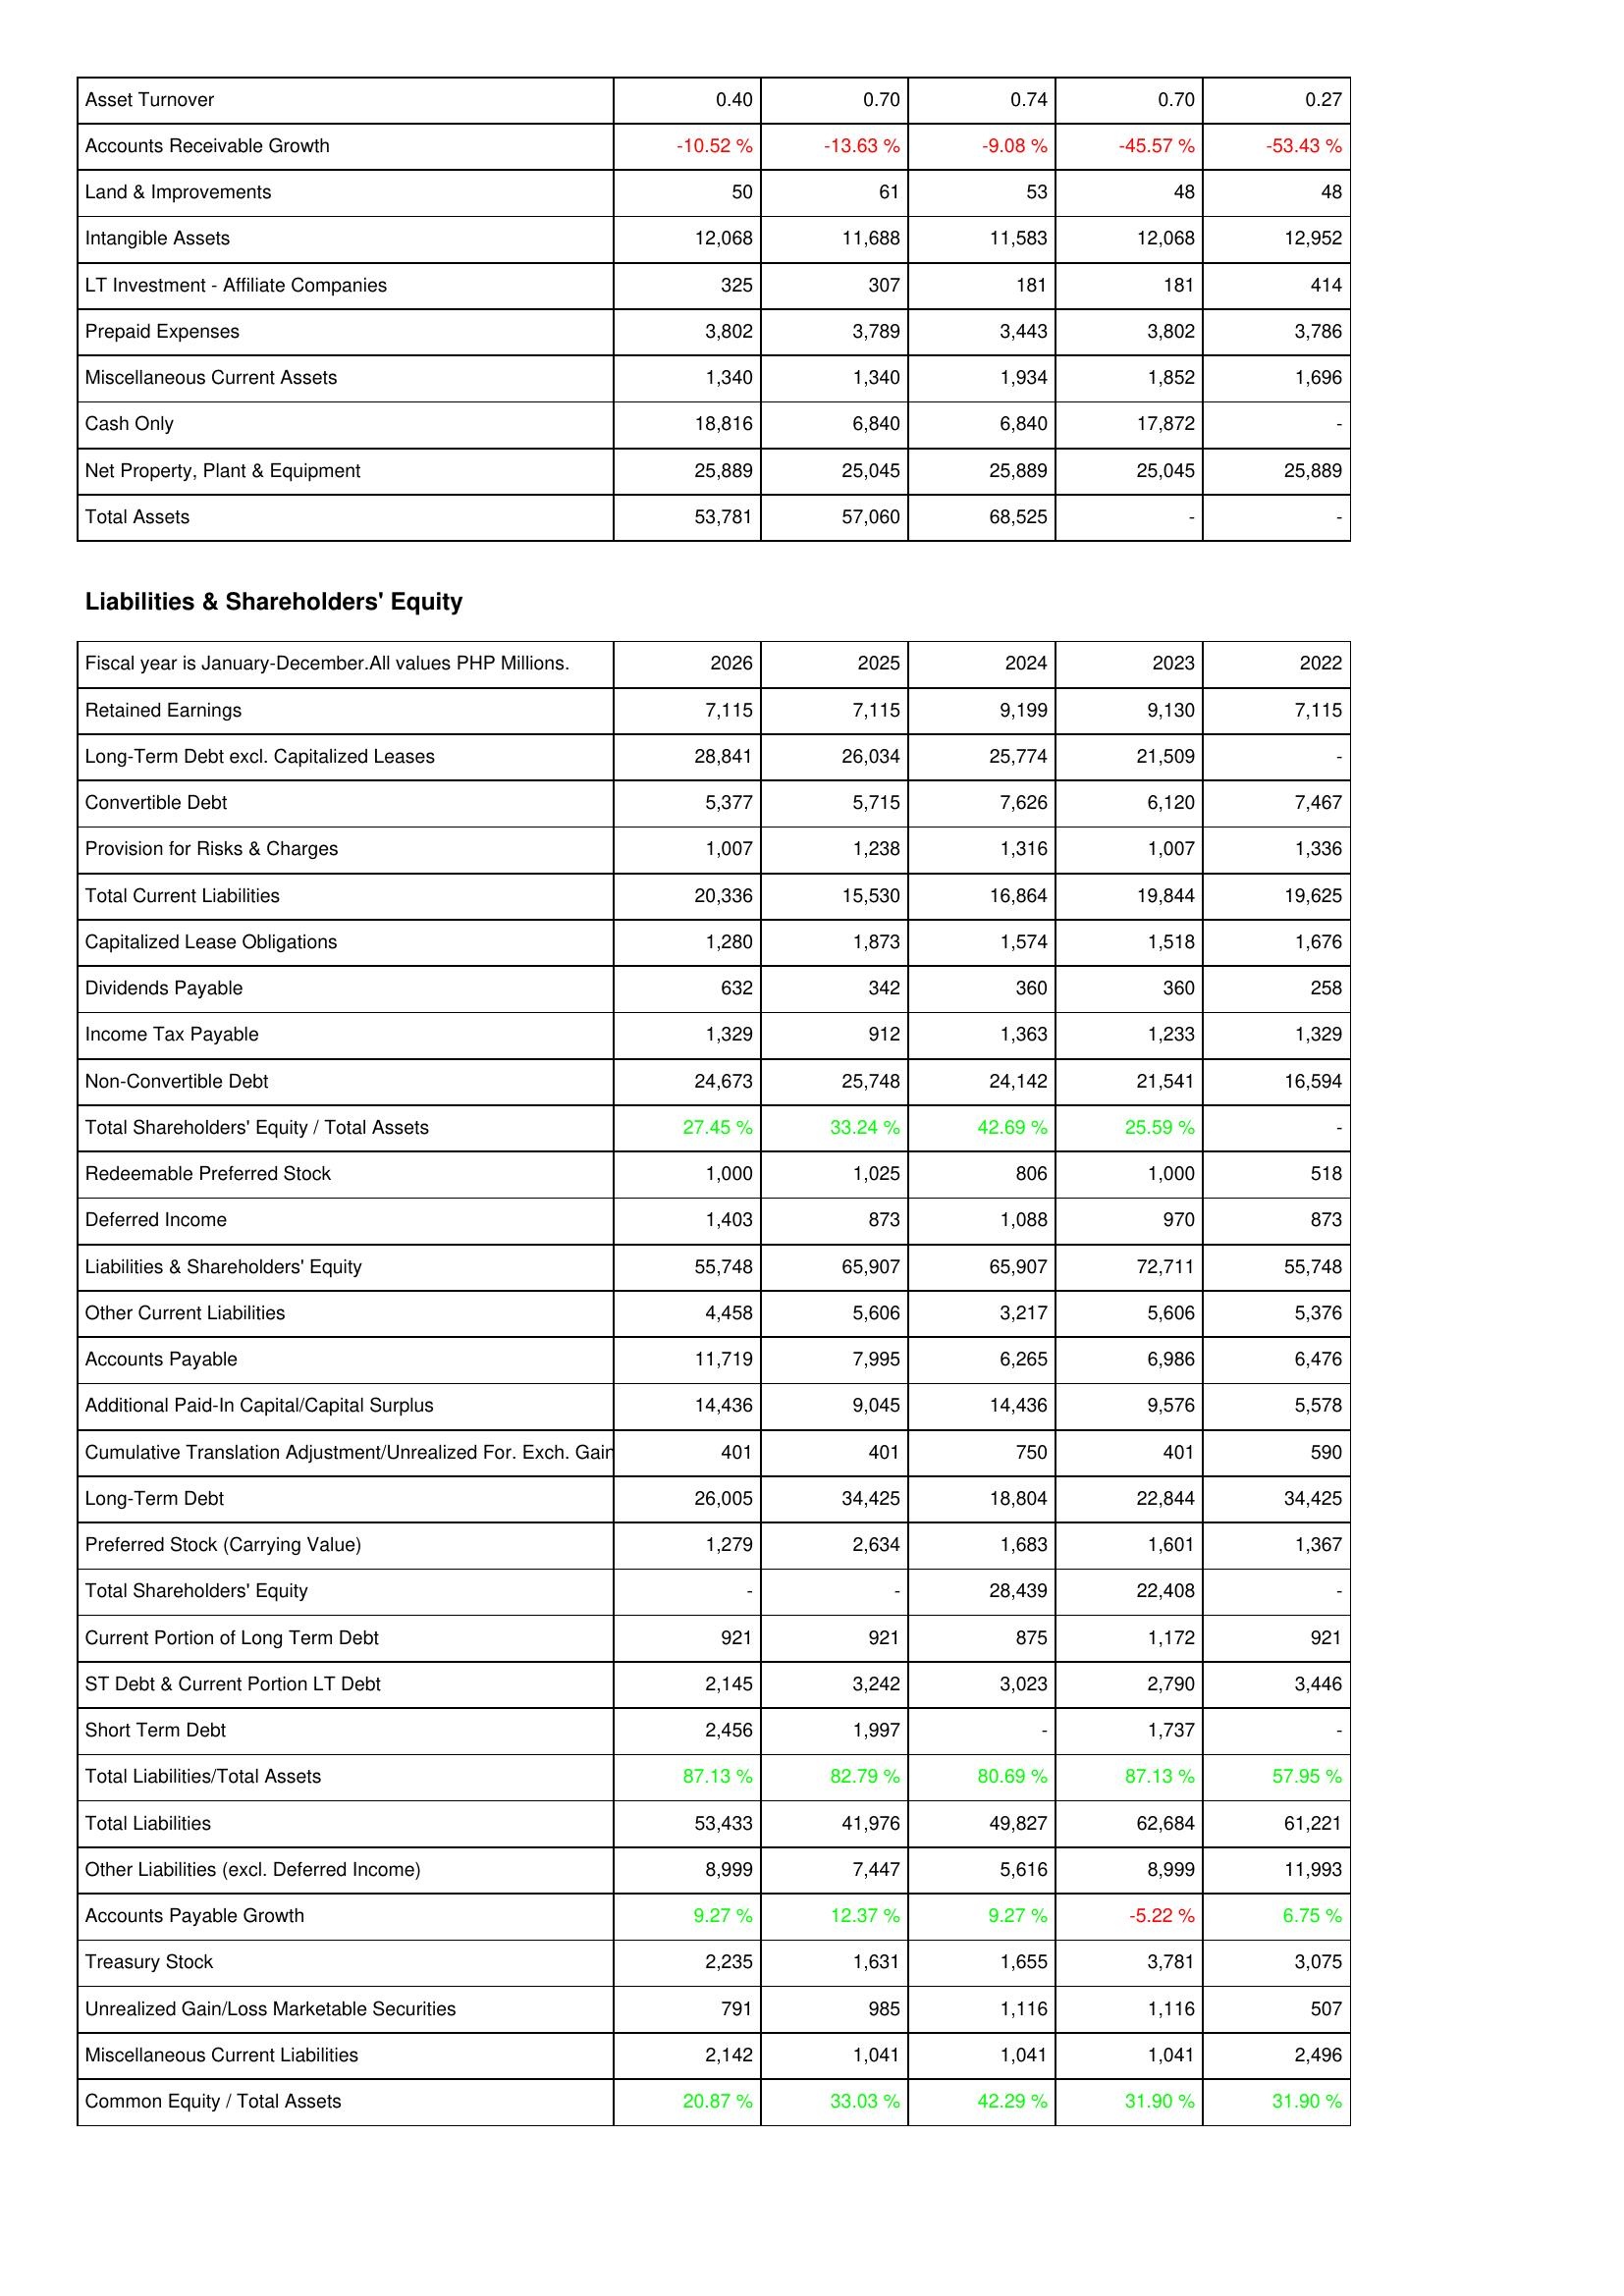
2026: Assets: Asset Turnover: 0.40
Accounts Receivable Growth: -10.52 %
Land & Improvements: 50
Intangible Assets: 12,068
LT Investment - Affiliate Companies: 325
Prepaid Expenses: 3,802
Miscellaneous Current Assets: 1,340
Cash Only: 18,816
Net Property, Plant & Equipment: 25,889
Total Assets: 53,781
Liabilities & Shareholders' Equity: Retained Earnings: 7,115
Long-Term Debt excl. Capitalized Leases: 28,841
Convertible Debt: 5,377
Provision for Risks & Charges: 1,007
Total Current Liabilities: 20,336
Capitalized Lease Obligations: 1,280
Dividends Payable: 632
Income Tax Payable: 1,329
Non-Convertible Debt: 24,673
Total Shareholders' Equity / Total Assets: 27.45 %
Redeemable Preferred Stock: 1,000
Deferred Income: 1,403
Liabilities & Shareholders' Equity: 55,748
Other Current Liabilities: 4,458
Accounts Payable: 11,719
Additional Paid-In Capital/Capital Surplus: 14,436
Cumulative Translation Adjustment/Unrealized For. Exch. Gain: 401
Long-Term Debt: 26,005
Preferred Stock (Carrying Value): 1,279
Total Shareholders' Equity: -
Current Portion of Long Term Debt: 921
ST Debt & Current Portion LT Debt: 2,145
Short Term Debt: 2,456
Total Liabilities/Total Assets: 87.13 %
Total Liabilities: 53,433
Other Liabilities (excl. Deferred Income): 8,999
Accounts Payable Growth: 9.27 %
Treasury Stock: 2,235
Unrealized Gain/Loss Marketable Securities: 791
Miscellaneous Current Liabilities: 2,142
Common Equity / Total Assets: 20.87 %
2025: Assets: Asset Turnover: 0.70
Accounts Receivable Growth: -13.63 %
Land & Improvements: 61
Intangible Assets: 11,688
LT Investment - Affiliate Companies: 307
Prepaid Expenses: 3,789
Miscellaneous Current Assets: 1,340
Cash Only: 6,840
Net Property, Plant & Equipment: 25,045
Total Assets: 57,060
Liabilities & Shareholders' Equity: Retained Earnings: 7,115
Long-Term Debt excl. Capitalized Leases: 26,034
Convertible Debt: 5,715
Provision for Risks & Charges: 1,238
Total Current Liabilities: 15,530
Capitalized Lease Obligations: 1,873
Dividends Payable: 342
Income Tax Payable: 912
Non-Convertible Debt: 25,748
Total Shareholders' Equity / Total Assets: 33.24 %
Redeemable Preferred Stock: 1,025
Deferred Income: 873
Liabilities & Shareholders' Equity: 65,907
Other Current Liabilities: 5,606
Accounts Payable: 7,995
Additional Paid-In Capital/Capital Surplus: 9,045
Cumulative Translation Adjustment/Unrealized For. Exch. Gain: 401
Long-Term Debt: 34,425
Preferred Stock (Carrying Value): 2,634
Total Shareholders' Equity: -
Current Portion of Long Term Debt: 921
ST Debt & Current Portion LT Debt: 3,242
Short Term Debt: 1,997
Total Liabilities/Total Assets: 82.79 %
Total Liabilities: 41,976
Other Liabilities (excl. Deferred Income): 7,447
Accounts Payable Growth: 12.37 %
Treasury Stock: 1,631
Unrealized Gain/Loss Marketable Securities: 985
Miscellaneous Current Liabilities: 1,041
Common Equity / Total Assets: 33.03 %
2024: Assets: Asset Turnover: 0.74
Accounts Receivable Growth: -9.08 %
Land & Improvements: 53
Intangible Assets: 11,583
LT Investment - Affiliate Companies: 181
Prepaid Expenses: 3,443
Miscellaneous Current Assets: 1,934
Cash Only: 6,840
Net Property, Plant & Equipment: 25,889
Total Assets: 68,525
Liabilities & Shareholders' Equity: Retained Earnings: 9,199
Long-Term Debt excl. Capitalized Leases: 25,774
Convertible Debt: 7,626
Provision for Risks & Charges: 1,316
Total Current Liabilities: 16,864
Capitalized Lease Obligations: 1,574
Dividends Payable: 360
Income Tax Payable: 1,363
Non-Convertible Debt: 24,142
Total Shareholders' Equity / Total Assets: 42.69 %
Redeemable Preferred Stock: 806
Deferred Income: 1,088
Liabilities & Shareholders' Equity: 65,907
Other Current Liabilities: 3,217
Accounts Payable: 6,265
Additional Paid-In Capital/Capital Surplus: 14,436
Cumulative Translation Adjustment/Unrealized For. Exch. Gain: 750
Long-Term Debt: 18,804
Preferred Stock (Carrying Value): 1,683
Total Shareholders' Equity: 28,439
Current Portion of Long Term Debt: 875
ST Debt & Current Portion LT Debt: 3,023
Short Term Debt: -
Total Liabilities/Total Assets: 80.69 %
Total Liabilities: 49,827
Other Liabilities (excl. Deferred Income): 5,616
Accounts Payable Growth: 9.27 %
Treasury Stock: 1,655
Unrealized Gain/Loss Marketable Securities: 1,116
Miscellaneous Current Liabilities: 1,041
Common Equity / Total Assets: 42.29 %
2023: Assets: Asset Turnover: 0.70
Accounts Receivable Growth: -45.57 %
Land & Improvements: 48
Intangible Assets: 12,068
LT Investment - Affiliate Companies: 181
Prepaid Expenses: 3,802
Miscellaneous Current Assets: 1,852
Cash Only: 17,872
Net Property, Plant & Equipment: 25,045
Total Assets: -
Liabilities & Shareholders' Equity: Retained Earnings: 9,130
Long-Term Debt excl. Capitalized Leases: 21,509
Convertible Debt: 6,120
Provision for Risks & Charges: 1,007
Total Current Liabilities: 19,844
Capitalized Lease Obligations: 1,518
Dividends Payable: 360
Income Tax Payable: 1,233
Non-Convertible Debt: 21,541
Total Shareholders' Equity / Total Assets: 25.59 %
Redeemable Preferred Stock: 1,000
Deferred Income: 970
Liabilities & Shareholders' Equity: 72,711
Other Current Liabilities: 5,606
Accounts Payable: 6,986
Additional Paid-In Capital/Capital Surplus: 9,576
Cumulative Translation Adjustment/Unrealized For. Exch. Gain: 401
Long-Term Debt: 22,844
Preferred Stock (Carrying Value): 1,601
Total Shareholders' Equity: 22,408
Current Portion of Long Term Debt: 1,172
ST Debt & Current Portion LT Debt: 2,790
Short Term Debt: 1,737
Total Liabilities/Total Assets: 87.13 %
Total Liabilities: 62,684
Other Liabilities (excl. Deferred Income): 8,999
Accounts Payable Growth: -5.22 %
Treasury Stock: 3,781
Unrealized Gain/Loss Marketable Securities: 1,116
Miscellaneous Current Liabilities: 1,041
Common Equity / Total Assets: 31.90 %
2022: Assets: Asset Turnover: 0.27
Accounts Receivable Growth: -53.43 %
Land & Improvements: 48
Intangible Assets: 12,952
LT Investment - Affiliate Companies: 414
Prepaid Expenses: 3,786
Miscellaneous Current Assets: 1,696
Cash Only: -
Net Property, Plant & Equipment: 25,889
Total Assets: -
Liabilities & Shareholders' Equity: Retained Earnings: 7,115
Long-Term Debt excl. Capitalized Leases: -
Convertible Debt: 7,467
Provision for Risks & Charges: 1,336
Total Current Liabilities: 19,625
Capitalized Lease Obligations: 1,676
Dividends Payable: 258
Income Tax Payable: 1,329
Non-Convertible Debt: 16,594
Total Shareholders' Equity / Total Assets: -
Redeemable Preferred Stock: 518
Deferred Income: 873
Liabilities & Shareholders' Equity: 55,748
Other Current Liabilities: 5,376
Accounts Payable: 6,476
Additional Paid-In Capital/Capital Surplus: 5,578
Cumulative Translation Adjustment/Unrealized For. Exch. Gain: 590
Long-Term Debt: 34,425
Preferred Stock (Carrying Value): 1,367
Total Shareholders' Equity: -
Current Portion of Long Term Debt: 921
ST Debt & Current Portion LT Debt: 3,446
Short Term Debt: -
Total Liabilities/Total Assets: 57.95 %
Total Liabilities: 61,221
Other Liabilities (excl. Deferred Income): 11,993
Accounts Payable Growth: 6.75 %
Treasury Stock: 3,075
Unrealized Gain/Loss Marketable Securities: 507
Miscellaneous Current Liabilities: 2,496
Common Equity / Total Assets: 31.90 %